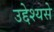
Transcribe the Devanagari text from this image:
उद्देश्यसे